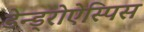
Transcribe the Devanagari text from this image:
डेन्ड्रोऐस्पिस